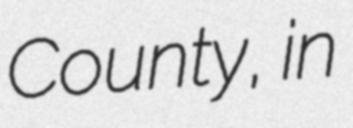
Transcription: County, in